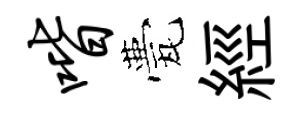
喈甍經